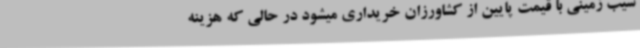
سیب زمینی با قیمت پایین از کشاورزان خریداری میشود در حالی که هزینه